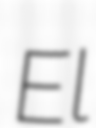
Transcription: El